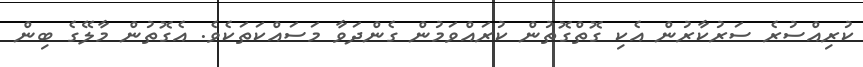
ކުރިއްސުރެ ސަރުކާރުން އެކި ގޮތްގޮތުން ކުރައްވަމުން ގެންދަވާ މަސައްކަތަކެވެ. އެގޮތުން މާލޭގެ ބިން